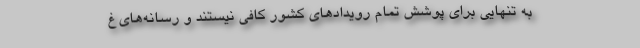
به تنهایی برای پوشش تمام رویدادهای کشور کافی نیستند و رسانه‌های غ